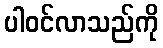
ပါဝင်လာသည်ကို